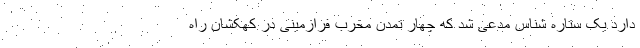
دارد یک ستاره شناس مدعی شد که چهار تمدن مخرب فرازمینی در کهکشان راه